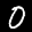
Label: 0